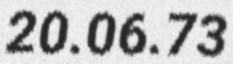
20.06.73